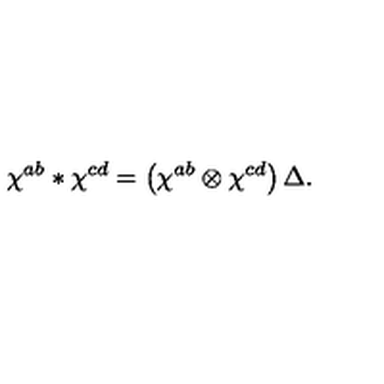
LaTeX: \chi ^ { a b } \ast \chi ^ { c d } = \left( \chi ^ { a b } \otimes \chi ^ { c d } \right) \Delta .